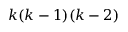
k ( k - 1 ) ( k - 2 )